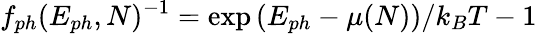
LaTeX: f_{ph}(E_{ph},N)^{-1}=\exp{(E_{ph}-\mu(N))/k_{B}T}-1